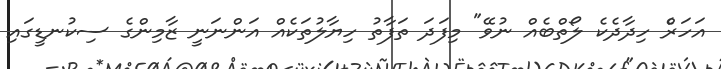
އަހަރެް ހިދާދެކެ ލޯތްބެއް ނުވޭ" މިފަދަ ތަފާތު ހިޔާލުތަކެއް އަންނަނީ ޒާމިންގެ ސިކުނޑީގައި